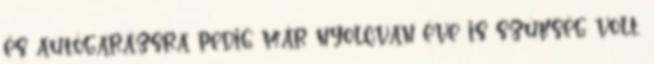
és autógarázsra pedig már nyolcvan éve is szükség volt.